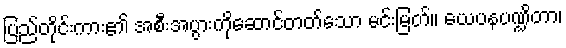
ပြည်တိုင်းကား၏ အစီးအပွားကိုဆောင်တတ်သော မင်းမြတ်။ ယေပနပဏ္ဍိတာ၊